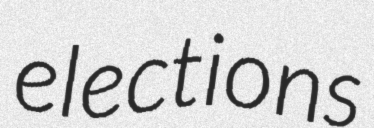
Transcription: elections